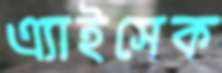
এ্যাইসেক